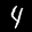
Label: 4